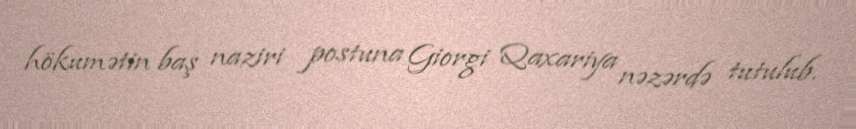
hökumətin baş naziri postuna Giorgi Qaxariya nəzərdə tutulub.